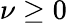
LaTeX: \nu\ge 0